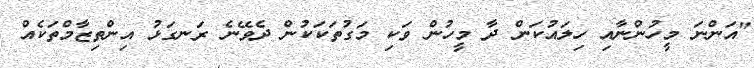
"އަންނަ މީހުންނާއި ހިލައުކަން ދާ މީހުން ވަކި މަގުތަކަކުން ދެވޭނެ ރަނގަޅު އިންތިޒާމްތަކެއް